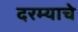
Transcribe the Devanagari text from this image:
दरम्याचे